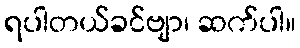
ရပါတယ်ခင်ဗျာ၊ ဆက်ပါ။